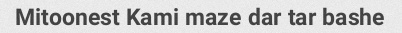
Mitoonest Kami maze dar tar bashe